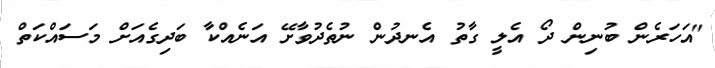
"އަހަރެން ބުނިން ދޯ އެލީ ގާތު އެނދުން ނުތެދުވާށޭ އަނެއްކާ ބަދިގެއަށް މަސައްކަތް